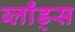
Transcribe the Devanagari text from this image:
ब्लाँड्स